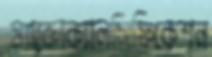
ম্যাক্রোক্যালসিফিকেশন